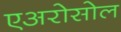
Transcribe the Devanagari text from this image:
एअरोसोल